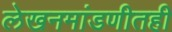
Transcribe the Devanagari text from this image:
लेखनमांडणीतही